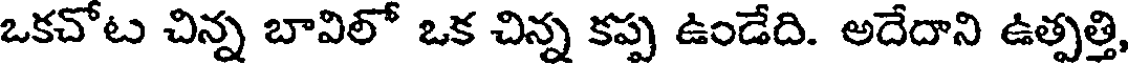
ఒకచోట చిన్న బావిలో ఒక చిన్న కప్ప ఉండేది. అదేదాని ఉత్పత్తి